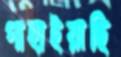
গাহাইয়াছি